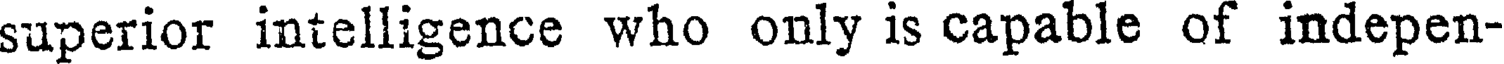
superior intelligence who only is capable of indepen-